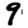
Digit: 9